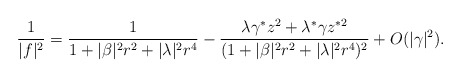
\begin{align*}\frac{1}{|f|^2} = \frac{1}{1+|\beta|^2 r^2 + |\lambda|^2 r^4}- \frac{\lambda \gamma^{*} z^2 + \lambda^{*} \gamma z^{*2}} {(1+|\beta|^2 r^2 + |\lambda|^2 r^4)^2} + O(\vert\gamma\vert^2).\end{align*}